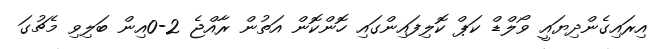
އިރައިގެންދިޔައީ ވޯލްޑް ކަޕް ކޮލިފައިންގައި ހޮންކޮން އަތުން ރާއްޖެ 2-0އިން ބަލިވި މެޗުގަ